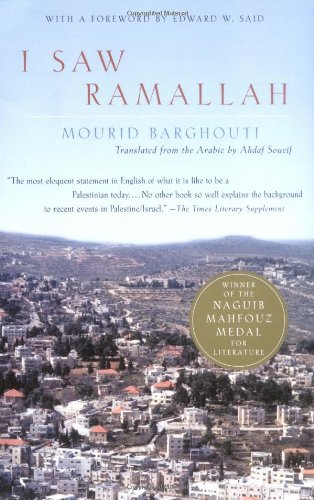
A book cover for I Saw Ramallah; Mourid Barghouti; Biographies & Memoirs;